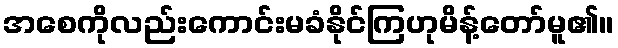
အစေကိုလည်းကောင်းမခံနိုင်ကြဟုမိန့်တော်မူ၏။